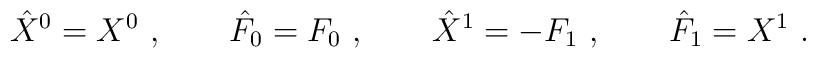
\hat X^0 =X^0\ , \qquad \hat F_0 = F_0\ , \qquad \hat X^1 = - F_1\ , \qquad \hat  F_1 = X^1\  .